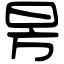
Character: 昘